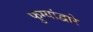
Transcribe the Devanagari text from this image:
फुग्यांद्वारे